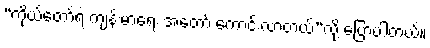
“ကိုယ်တော်ရဲ့ ကျန်းမာရေး အတော် ကောင်းလာတယ်”လို့ ပြောပါတယ်။